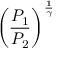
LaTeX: \left( { \frac { P _ { 1 } } { P _ { 2 } } } \right) ^ { \frac { 1 } { \gamma } }